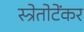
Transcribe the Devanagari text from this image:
स्त्रेतोटेंकर